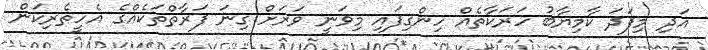
އަދި މިފަދަ ކާމިޔާބު ހަރަކާތެއް ހިންގިފައި މިވަނީ ވަރަށް ގިނަ ފަރާތްތަކެއްގެ އެހީތެރިކަން